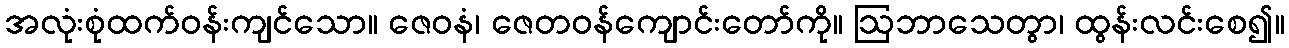
အလုံးစုံထက်ဝန်းကျင်သော။ ဇေဝနံ၊ ဇေတဝန်ကျောင်းတော်ကို။ ဩဘာသေတွာ၊ ထွန်းလင်းစေ၍။